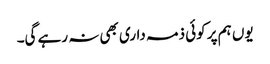
یوں ہم پر کوئی ذمہ داری بھی نہ رہے گی۔